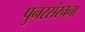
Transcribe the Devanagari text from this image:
पुनरसंरचना